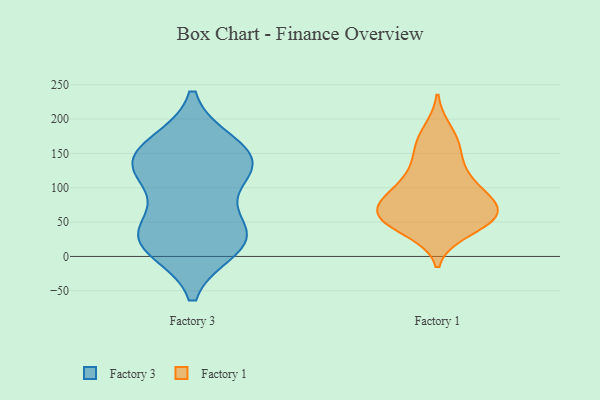
{"axis": {"x": "Page Views", "y": "Value"}, "legend": ["Factory 1", "Factory 3"], "data": [{"x": "", "y": 162, "type": "Factory 3"}, {"x": "", "y": 25, "type": "Factory 3"}, {"x": "", "y": 126, "type": "Factory 3"}, {"x": "", "y": 35, "type": "Factory 3"}, {"x": "", "y": 122, "type": "Factory 3"}, {"x": "", "y": 32, "type": "Factory 3"}, {"x": "", "y": 122, "type": "Factory 3"}, {"x": "", "y": 14, "type": "Factory 3"}, {"x": "", "y": 154, "type": "Factory 3"}, {"x": "", "y": 144, "type": "Factory 3"}, {"x": "", "y": 31, "type": "Factory 3"}, {"x": "", "y": 49, "type": "Factory 1"}, {"x": "", "y": 59, "type": "Factory 1"}, {"x": "", "y": 50, "type": "Factory 1"}, {"x": "", "y": 182, "type": "Factory 1"}, {"x": "", "y": 157, "type": "Factory 1"}, {"x": "", "y": 57, "type": "Factory 1"}, {"x": "", "y": 83, "type": "Factory 1"}, {"x": "", "y": 38, "type": "Factory 1"}, {"x": "", "y": 68, "type": "Factory 1"}, {"x": "", "y": 66, "type": "Factory 1"}, {"x": "", "y": 59, "type": "Factory 1"}, {"x": "", "y": 118, "type": "Factory 1"}, {"x": "", "y": 93, "type": "Factory 1"}, {"x": "", "y": 102, "type": "Factory 1"}, {"x": "", "y": 131, "type": "Factory 1"}, {"x": "", "y": 166, "type": "Factory 1"}, {"x": "", "y": 83, "type": "Factory 1"}]}